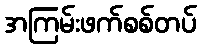
အကြမ်းဖက်စစ်တပ်